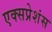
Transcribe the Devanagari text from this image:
एक्सप्रेशंस